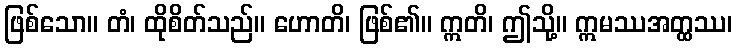
ဖြစ်သော။ တံ၊ ထိုစိတ်သည်။ ဟောတိ၊ ဖြစ်၏။ ဣတိ၊ ဤသို့။ ဣမဿအတ္ထဿ၊